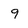
Character: 9